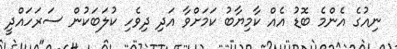
ނިއުގެ އެންމެ ބޮޑު އެއް ކާމިޔާބު ކަމަށްވާ އަދި ދިވެހި ކުލަބަކުން ސަރަހައްދީ